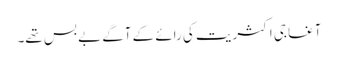
آغا جی اکثریت کی رائے کے آگے بے بس تھے۔